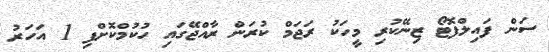
ސަން ފައިލްފޮޓޯ ޒިނޭކުރި މީހަކު ރަޖަމް ކުރަން ރާއްޖޭގައި ހުކުމްކޮށްފި 1 އަހަރު